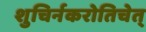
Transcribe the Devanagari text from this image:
शुचिर्नकरोतिचेत्